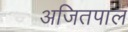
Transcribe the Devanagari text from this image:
अजितपाल